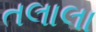
તલાલા